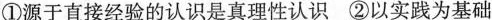
①源于直接经验的认识是真理性认识②以实践为基础